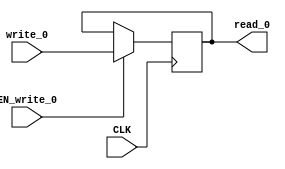
module EHRU_1 (
    CLK,
    read_0,
    write_0,
    EN_write_0
);
    parameter            DATA_SZ = 1;
    parameter            RESET_VAL = 0;

    input                CLK;
    output [DATA_SZ-1:0] read_0;
    input  [DATA_SZ-1:0] write_0;
    input                EN_write_0;

    reg    [DATA_SZ-1:0] r;
    wire   [DATA_SZ-1:0] wire_0;
    wire   [DATA_SZ-1:0] wire_1;

    assign wire_0 = r;
    assign wire_1 = EN_write_0 ? write_0 : wire_0;

    assign read_0 = wire_0;

    always @(posedge CLK) begin
        r <= wire_1;
    end
endmodule